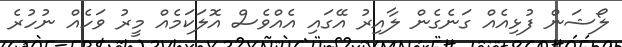
ލޯޝަން ފުޅިއެއް ގަނެގެން ލާއިރު އޭގައި އެއްވެސް އޮލަކަމެއް މީރު ވަހެއް ނުހުރެ